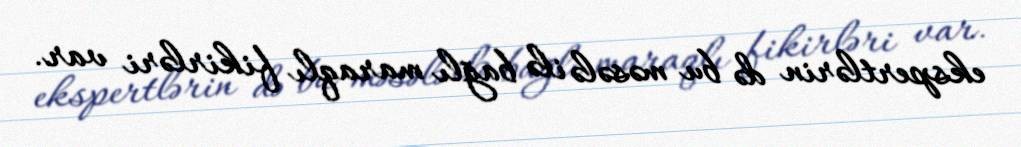
ekspertlərin də bu məsələ ilə bağlı maraqlı fikirləri var.